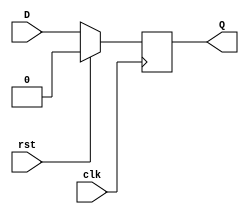
`timescale 1ns / 1ps
//////////////////////////////////////////////////////////////////////////////////
// Company: 
// Engineer: 
// 
// Design Name: 
// Module Name: dff
// Project Name: 
// Target Devices: 
// Tool Versions: 
// Description: 
// 
// Dependencies: 
// 
// Revision:
// Revision 0.01 - File Created
// Additional Comments:
// 
//////////////////////////////////////////////////////////////////////////////////


module dff(D,clk,rst,Q);
input D,clk,rst; 
output reg Q;  
always @(posedge clk) 
begin
 if(rst==1'b1)
  Q<=1'b0; 
 else 
  Q<=D; 
end 
endmodule